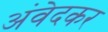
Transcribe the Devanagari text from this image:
अंवेदकर